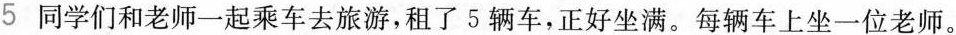
5同学们和老师一起乘车去旅游，租了5辆车，正好坐满。每辆车上坐一位老师。